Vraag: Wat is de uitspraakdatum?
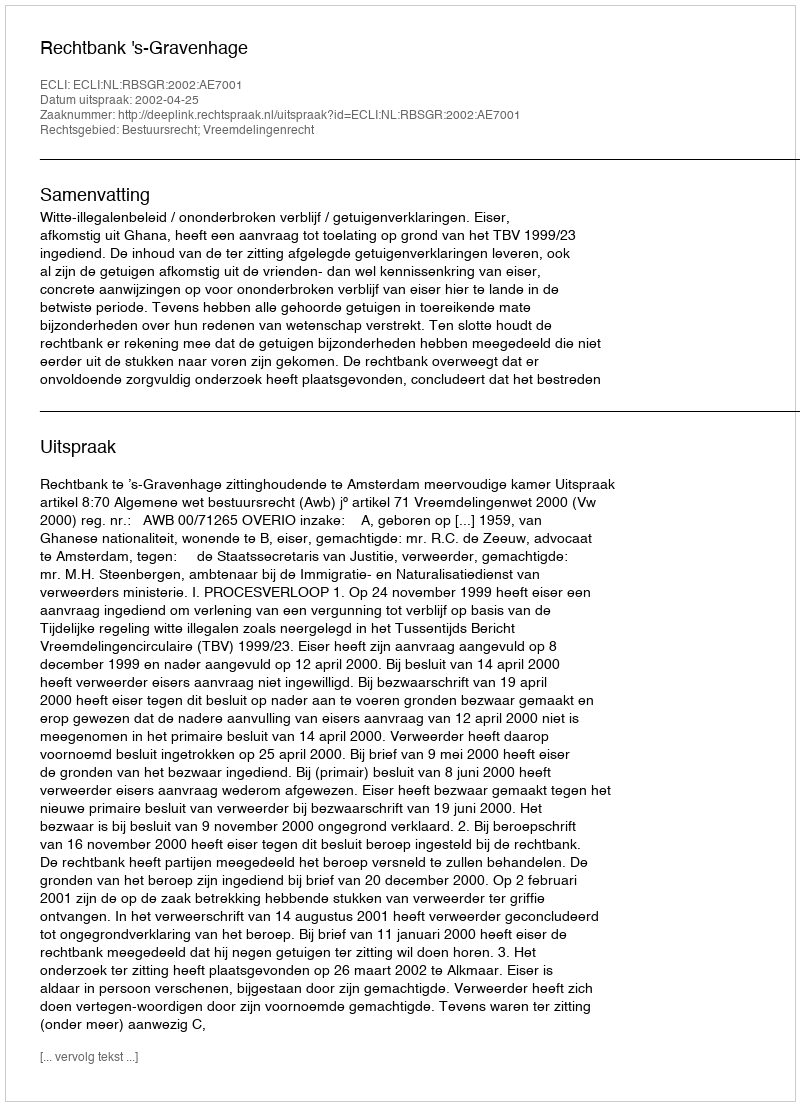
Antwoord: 2002-04-25